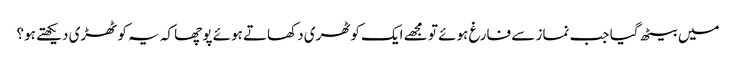
میں بیٹھ گیا جب نماز سے فارغ ہوئے تو مجھے ایک کوٹھری دکھاتے ہوئے پوچھا کہ یہ کوٹھڑی دیکھتے ہو؟